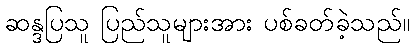
ဆန္ဒပြသူ ပြည်သူများအား ပစ်ခတ်ခဲ့သည်။